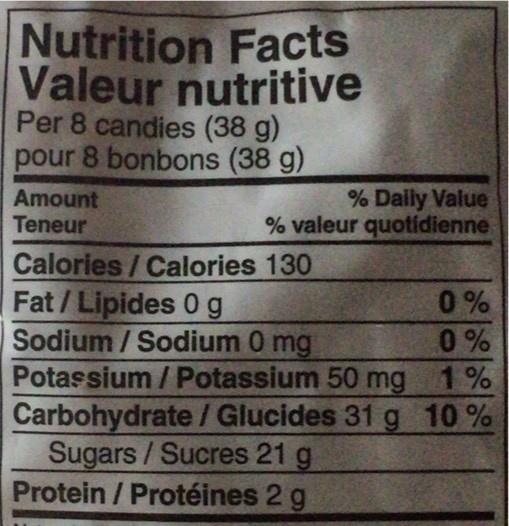
Nutrition Facts Valeur nutritive Per 8 candies (38 g) pour 8 bonbons (38 g)
Amount Teneur
% Daily Value % valeur quotidienne
Calories/Calories 130 Fat/Lipides 0 g Sodium / Sodium 0 mg Potassium / Potassium 50 mg 1% Carbohydrate/ Glucides 31 g 10 % Sugars/Sucres 21 g Protein / Protéines 2 g
0 % 0%